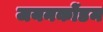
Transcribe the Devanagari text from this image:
जयनकोंडम